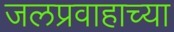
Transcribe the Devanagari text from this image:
जलप्रवाहाच्या